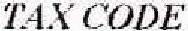
TAX CODE